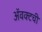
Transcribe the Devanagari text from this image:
ॲवक्टची